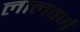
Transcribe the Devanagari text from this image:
लालवर्ण